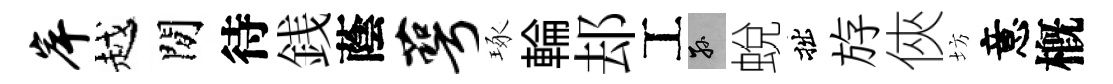
岸越閒待銭蔭萼琢輪𨚫工孫蛻拙斿俠坊意槪